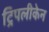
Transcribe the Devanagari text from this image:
ट्रिपलीकेन